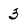
Character: 3